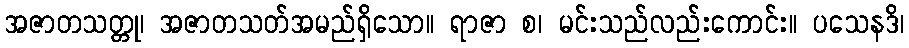
အဇာတသတ္တု၊ အဇာတသတ်အမည်ရှိသော။ ရာဇာ စ၊ မင်းသည်လည်းကောင်း။ ပသေနဒိ၊